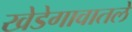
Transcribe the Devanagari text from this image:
खेडेगावातले